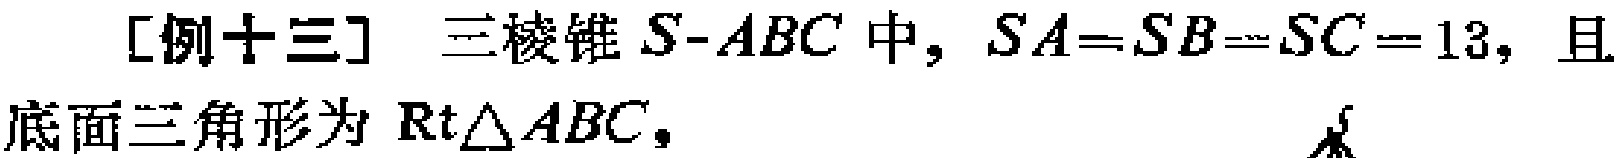
[例十三] 三棱锥 \(S - ABC\) 中, \(SA = SB = SC = 13\), 且底面三角形为 \(\text{Rt}\triangle ABC\),